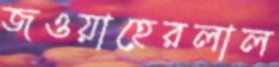
জওয়াহেরলাল